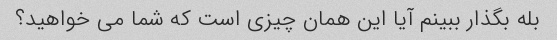
بله بگذار ببینم آیا این همان چیزی است که شما می خواهید؟